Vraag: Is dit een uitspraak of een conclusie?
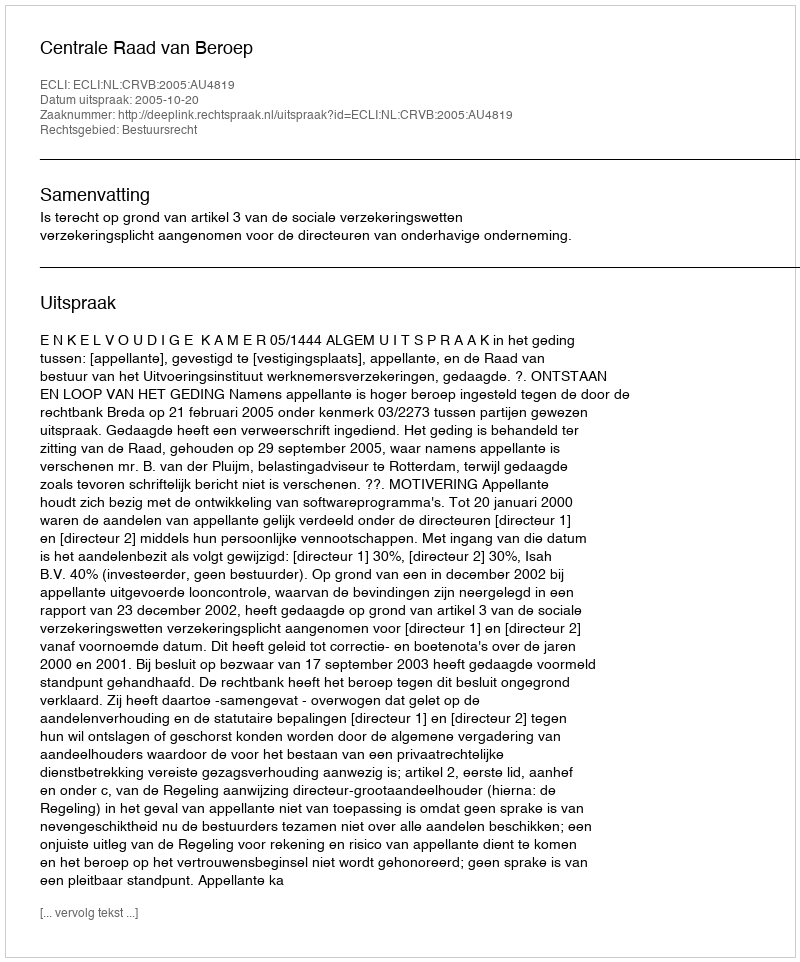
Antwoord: Uitspraak